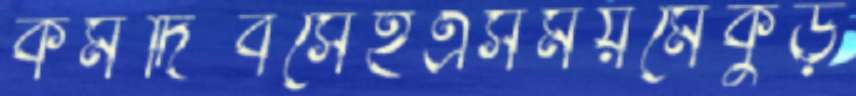
কর্মদিবসেইএসময়মেকুড়